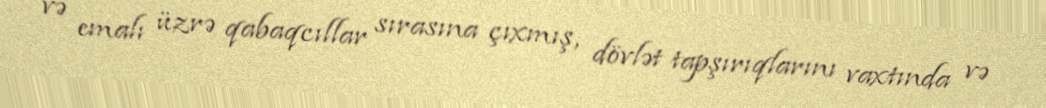
və emalı üzrə qabaqcıllar sırasına çıxmış, dövlət tapşırıqlarını vaxtında və